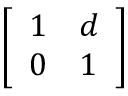
\left[ \begin{array} { l l } { 1 } & { d } \\ { 0 } & { 1 } \end{array} \right]